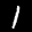
Label: 1